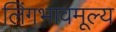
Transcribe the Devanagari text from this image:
लिंगभावमूल्य